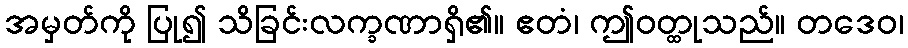
အမှတ်ကို ပြု၍ သိခြင်းလက္ခဏာရှိ၏။ ဧတံ၊ ဤဝတ္ထုသည်။ တဒေဝ၊